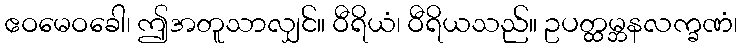
ဧဝမေဝခေါ၊ ဤအတူသာလျှင်။ ဝီရိယံ၊ ဝီရိယသည်။ ဥပတ္ထမ္ဘနလက္ခဏံ၊